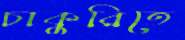
চাকুরিতে